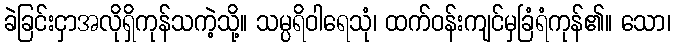
ခဲခြင်းငှာအလိုရှိကုန်သကဲ့သို့။ သမ္ပရိဝါရေသုံ၊ ထက်ဝန်းကျင်မှခြံရံကုန်၏။ သော၊